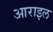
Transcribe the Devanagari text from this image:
आराइल